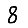
Digit: 8